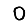
Digit: 0